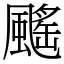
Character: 䬙